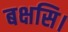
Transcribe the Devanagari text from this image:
बक्षसि।